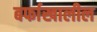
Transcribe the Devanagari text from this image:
बर्फाखालील